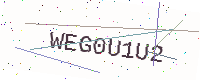
Text: WEG0U1U2